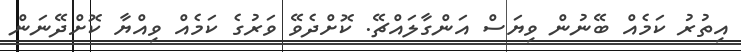
އިތުރު ކަމެއް ބޭނުން ވިޔަސް އަންގާލައްޗޭ. ކޮށްދެވޭ ވަރުގެ ކަމެއް ވިއްޔާ ކޮށްދޭނަން